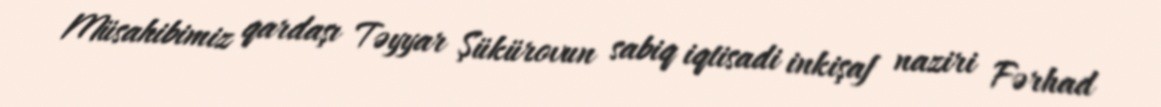
Müsahibimiz qardaşı Təyyar Şükürovun sabiq iqtisadi inkişaf naziri Fərhad